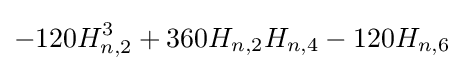
-120H_{n,2}^{3}+360H_{n,2}H_{n,4}-120H_{n,6}